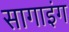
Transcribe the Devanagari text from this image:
सागाइंग